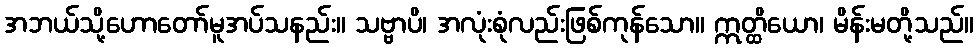
အဘယ်သို့ဟောတော်မူအပ်သနည်း။ သဗ္ဗာပိ၊ အလုံးစုံလည်းဖြစ်ကုန်သော။ ဣတ္ထိယော၊ မိန်းမတို့သည်။